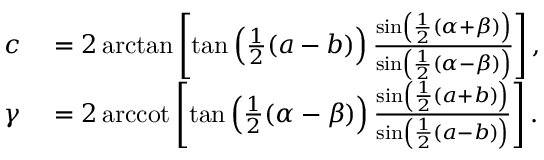
\begin{array} { r l } { c } & { { } = 2 \arctan \left[ \tan \left( { \frac { 1 } { 2 } } ( a - b ) \right) { \frac { \sin \left( { \frac { 1 } { 2 } } ( \alpha + \beta ) \right) } { \sin \left( { \frac { 1 } { 2 } } ( \alpha - \beta ) \right) } } \right] , } \\ { \gamma } & { { } = 2 \operatorname { a r c c o t } \left[ \tan \left( { \frac { 1 } { 2 } } ( \alpha - \beta ) \right) { \frac { \sin \left( { \frac { 1 } { 2 } } ( a + b ) \right) } { \sin \left( { \frac { 1 } { 2 } } ( a - b ) \right) } } \right] . } \end{array}